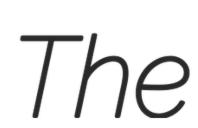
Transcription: The